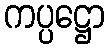
ကပ္ပဋ္ဌော